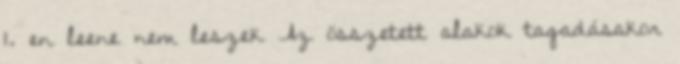
1. en leene nem leszek Az összetett alakok tagadásakor